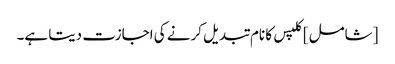
[شامل] کلپس کا نام تبدیل کرنے کی اجازت دیتا ہے۔